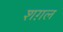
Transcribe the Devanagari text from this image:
शग़ल